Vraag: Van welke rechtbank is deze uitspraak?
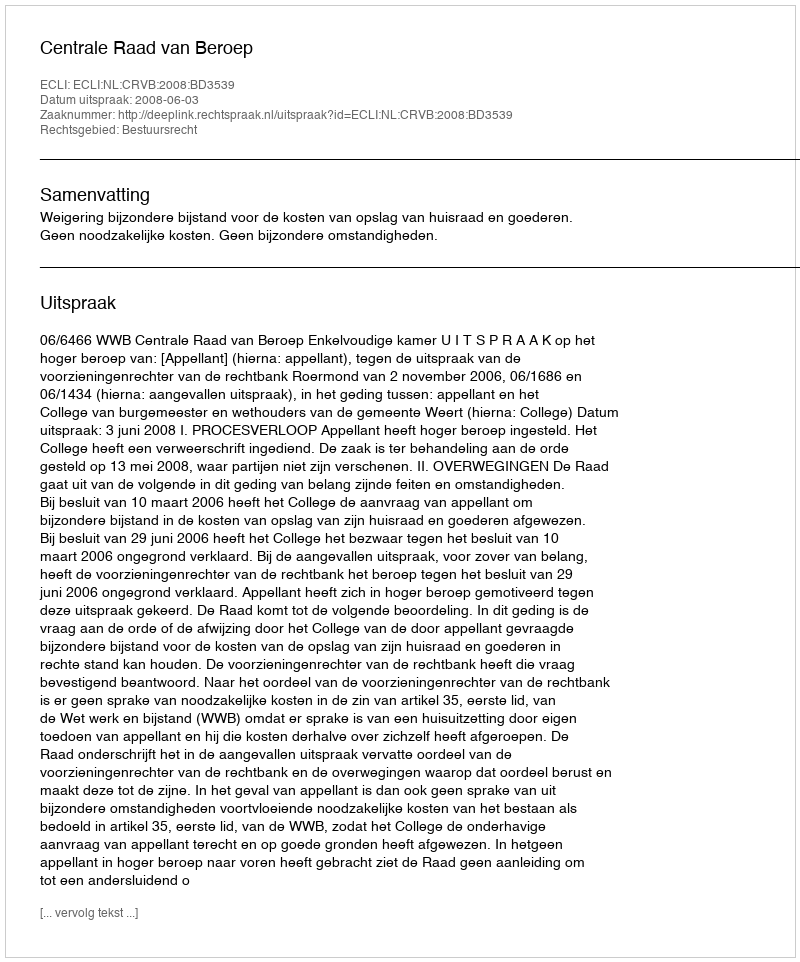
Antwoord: Centrale Raad van Beroep